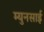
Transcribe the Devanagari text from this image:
म्युनसाई